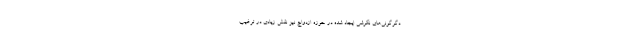
دگرگونی‌های نگرشی ایجاد شده در حوزه ازدواج نیز نقش زیادی در ترغیب